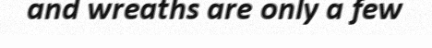
and wreaths are only a few